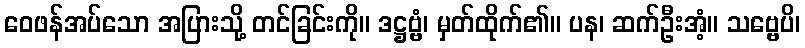
ဝေဖန်အပ်သော အပြားသို့ တင်ခြင်းကို။ ဒဋ္ဌဗ္ဗံ၊ မှတ်ထိုက်၏။ ပန၊ ဆက်ဦးအံ့။ သဗ္ဗေပိ၊